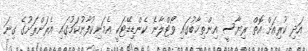
އަދި ކުރިއަށް އޮތް ރިޔާސީ އިންތިޚާބުގައި ވޯޓްލާނެ ކެންޑިޑޭޓަކީ އެމަނިކުފާނުކަމުގައި އެރަށްރަށުގެ ގިނަ